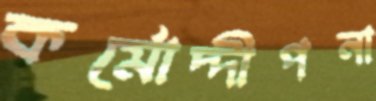
কর্মোদ্দীপনা